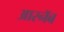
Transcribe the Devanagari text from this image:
आरनॅब